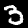
Digit: 3